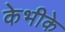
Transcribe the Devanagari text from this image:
केभीके